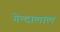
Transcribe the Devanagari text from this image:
गेन्दालाल